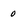
Character: 0